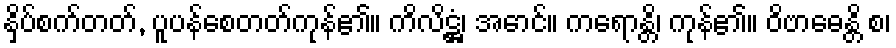
နှိပ်စက်တတ်, ပူပန်စေတတ်ကုန်၏။ ကိလိဋ္ဌံ၊ အောင်။ ကရောန္တိ၊ ကုန်၏။ ဝိဗာဓေန္တိ စ၊